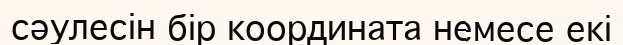
сәулесін бір координата немесе екі